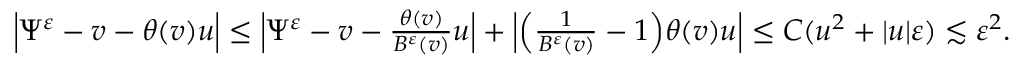
\begin{array} { r } { \Big | \Psi ^ { \varepsilon } - v - \theta ( v ) u \Big | \leq \Big | \Psi ^ { \varepsilon } - v - \frac { \theta ( v ) } { B ^ { \varepsilon } ( v ) } u \Big | + \Big | \Big ( \frac { 1 } { B ^ { \varepsilon } ( v ) } - 1 \Big ) \theta ( v ) u \Big | \leq C ( u ^ { 2 } + | u | \varepsilon ) \lesssim \varepsilon ^ { 2 } . } \end{array}